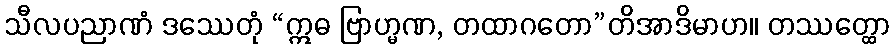
သီလပညာဏံ ဒဿေတုံ “ဣဓ ဗြာဟ္မဏ, တထာဂတော”တိအာဒိမာဟ။ တဿတ္ထော